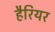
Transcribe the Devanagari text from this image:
हैरियर